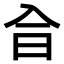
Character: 𠓤